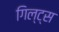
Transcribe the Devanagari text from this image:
गिल्ट्स